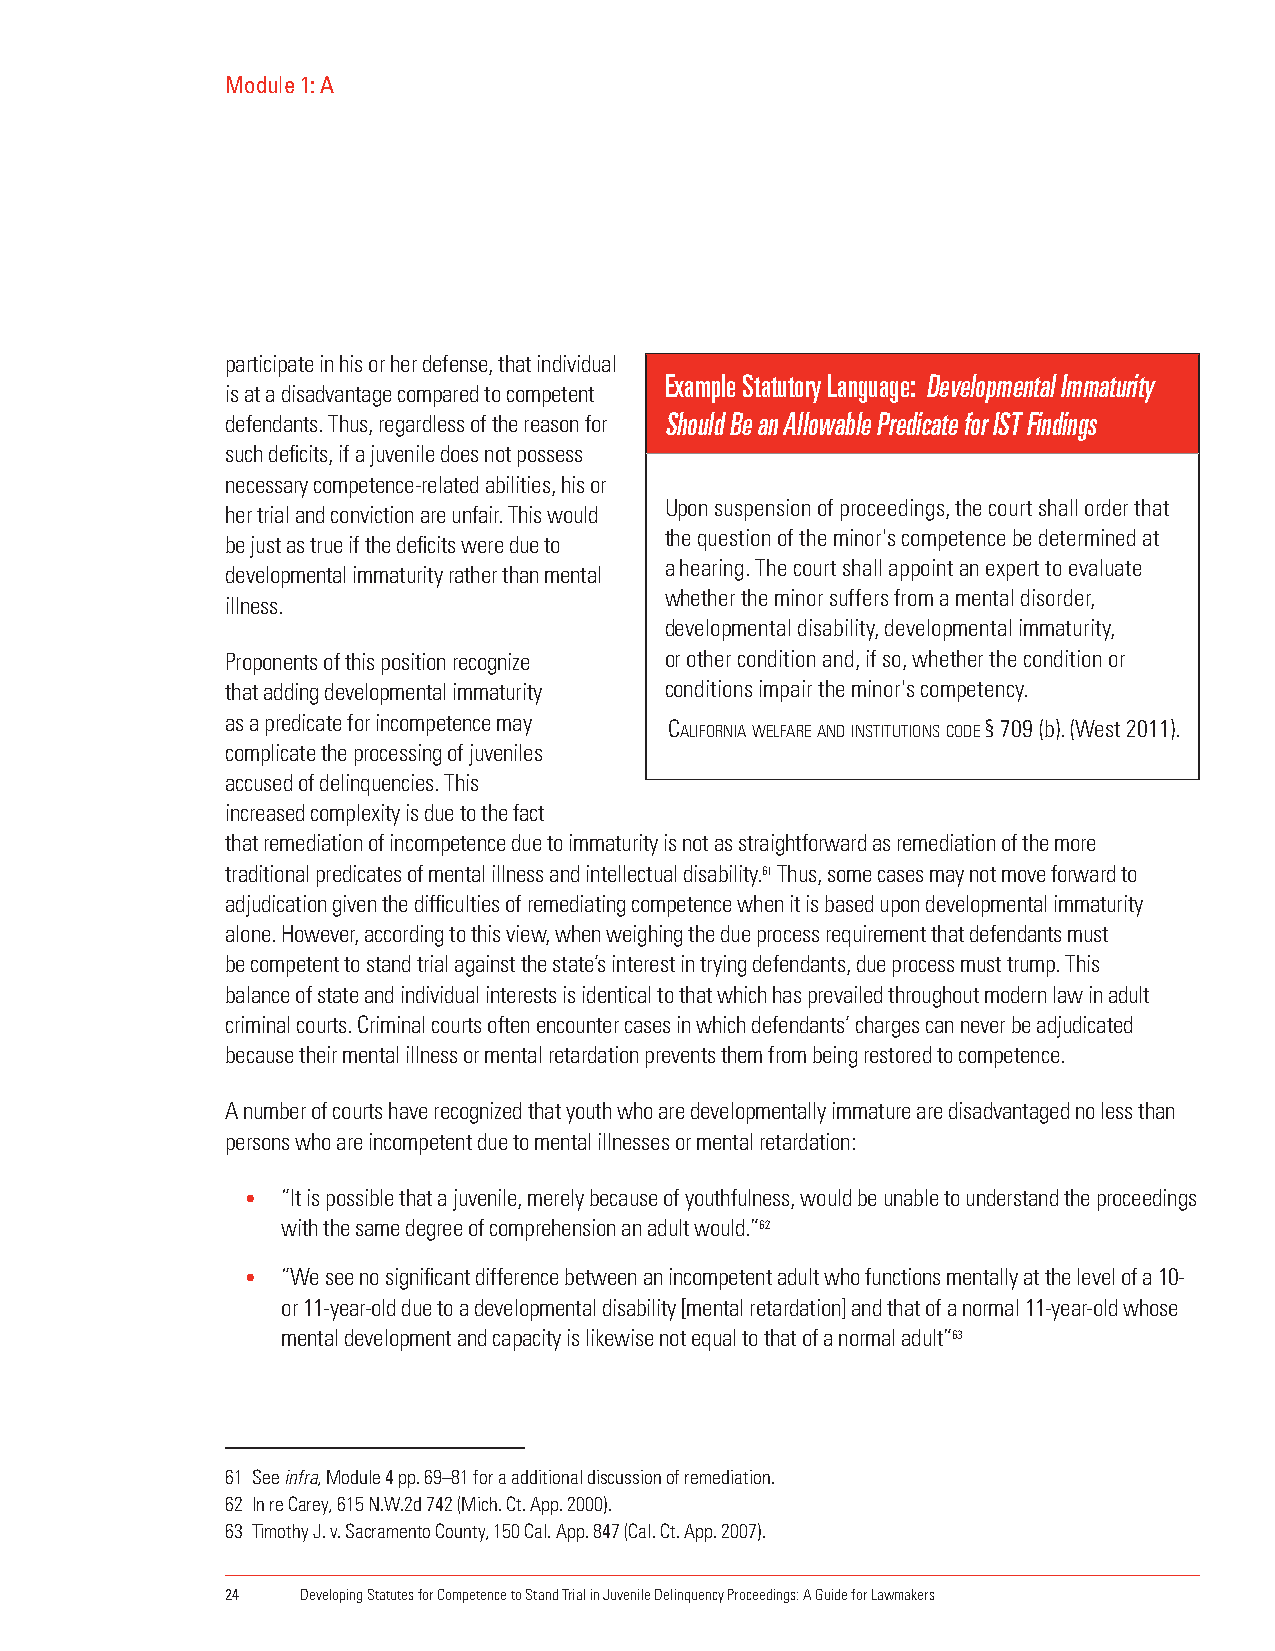
Module 1: A
 participate in his or her defense, that individual
 Example Statutory Language: Developmental Immaturity
 is at a disadvantage compared to competent
 defendants. Thus, regardless of the reason for Should Be an Allowable Predicate for IST Findings
 such deficits, if a juvenile does not possess
 necessary competence-related abilities, his or
 Upon suspension of proceedings, the court shall order that
 her trial and conviction are unfair. This would
 the question of the minor's competence be determined at
 be just as true if the deficits were due to
 a hearing. The court shall appoint an expert to evaluate
 developmental immaturity rather than mental
 whether the minor suffers from a mental disorder,
 illness.
 developmental disability, developmental immaturity,
 Proponents of this position recognize or other condition and, if so, whether the condition or
 that adding developmental immaturity conditions impair the minor's competency.
 as a predicate for incompetence may calIfoRnIa welfaRe anD InstItutIons coDe § 709 (b). (West 2011).
 complicate the processing of juveniles
 accused of delinquencies. This
 increased complexity is due to the fact
 that remediation of incompetence due to immaturity is not as straightforward as remediation of the more
 traditional predicates of mental illness and intellectual disability.61 Thus, some cases may not move forward to
 adjudication given the difficulties of remediating competence when it is based upon developmental immaturity
 alone. However, according to this view, when weighing the due process requirement that defendants must
 be competent to stand trial against the state’s interest in trying defendants, due process must trump. This
 balance of state and individual interests is identical to that which has prevailed throughout modern law in adult
 criminal courts. Criminal courts often encounter cases in which defendants’ charges can never be adjudicated
 because their mental illness or mental retardation prevents them from being restored to competence.
 A number of courts have recognized that youth who are developmentally immature are disadvantaged no less than
 persons who are incompetent due to mental illnesses or mental retardation:
 •  “It is possible that a juvenile, merely because of youthfulness, would be unable to understand the proceedings
 with the same degree of comprehension an adult would.”62
 •  “We see no significant difference between an incompetent adult who functions mentally at the level of a 10-
 or 11-year-old due to a developmental disability [mental retardation] and that of a normal 11-year-old whose
 mental development and capacity is likewise not equal to that of a normal adult”63
 61 See infra, Module 4 pp. 69–81 for a additional discussion of remediation.
 62 In re Carey, 615 N.W.2d 742 (Mich. Ct. App. 2000).
 63 Timothy J. v. Sacramento County, 150 Cal. App. 847 (Cal. Ct. App. 2007).
 24   Developing Statutes for Competence to Stand Trial in Juvenile Delinquency Proceedings: A Guide for Lawmakers